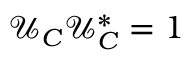
\mathcal { U } _ { C } \mathcal { U } _ { C } ^ { * } = 1